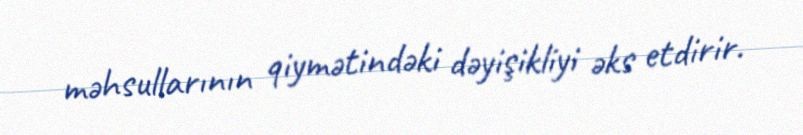
məhsullarının qiymətindəki dəyişikliyi əks etdirir.